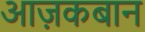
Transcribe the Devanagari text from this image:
आज़कबान